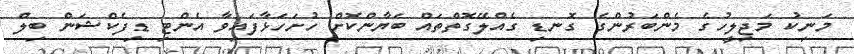
މަަނިކު މަޖިލީހުގެ މެންބަރުންގެ ގޮނޑި ގެއްލޭގޮތްތައް ބަޔާންކޮށް ހުށަހަޅާފަައިވާ އެންޓި ޑިފެކްޝަން ބިލް